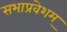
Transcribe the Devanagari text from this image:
सभाप्रवेशम्